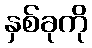
နှစ်ခုကို